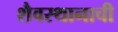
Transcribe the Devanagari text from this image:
शैवस्थानाची